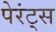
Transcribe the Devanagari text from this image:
पेरंट्स